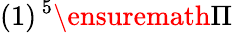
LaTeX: (1)\, {}^{5}\ensuremath{\Pi}